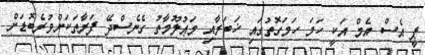
ޕީ އެސް އެމް އަކީ ހަމަ ހަމަގޮތުގައި ޚަބަރާއި މަޢުލޫމާތު ގެނެސްދޭ ފަރާތަކަށްވުރެބޮޑަށް